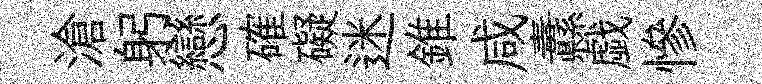
滄躬戀確礙迷錐咸纛戯慘